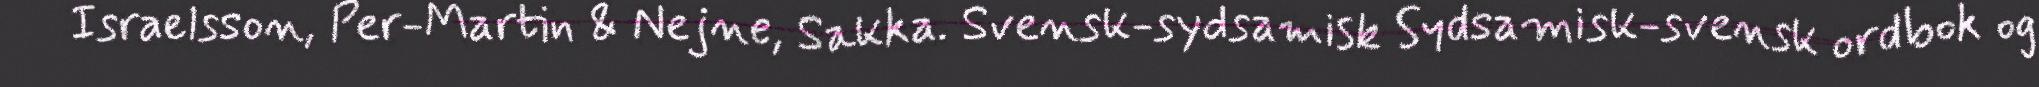
Israelsson, Per-Martin & Nejne, Sakka. Svensk-sydsamisk Sydsamisk-svensk ordbok og